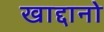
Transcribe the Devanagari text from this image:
खाद्दानो